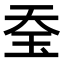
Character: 𤤋